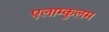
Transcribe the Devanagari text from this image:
एलाम्कुलम